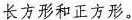
长方形和正方形。